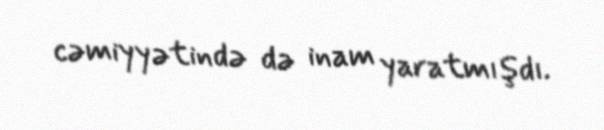
cəmiyyətində də inam yaratmışdı.